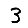
Digit: 3